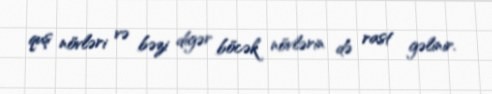
quş növləri və bəzi digər böcək növlərin də rast gəlinir.